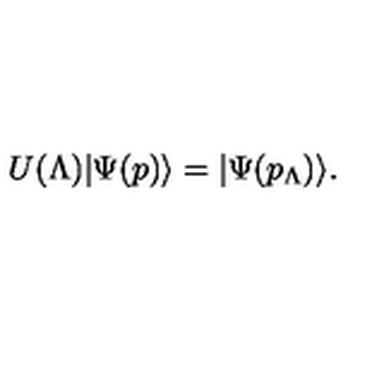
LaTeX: U ( \Lambda ) | \Psi ( p ) \rangle = | \Psi ( p _ { \Lambda } ) \rangle .